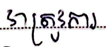
វាត្រូវការ